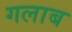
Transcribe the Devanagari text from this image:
गलाब